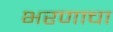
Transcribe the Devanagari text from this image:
भरणाचा